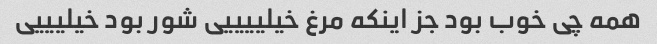
همه چی خوب بود جز اینکه مرغ خیلییییی شور بود خیلیییی